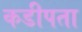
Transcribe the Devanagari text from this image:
कडीपता